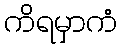
ကိရမှာကံ